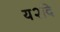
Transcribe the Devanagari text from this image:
य२दि